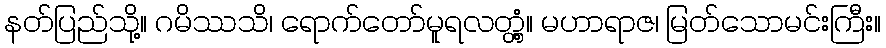
နတ်ပြည်သို့။ ဂမိဿသိ၊ ရောက်တော်မူရလတ္တံ့။ မဟာရာဇ၊ မြတ်သောမင်းကြီး။